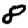
Digit: 8